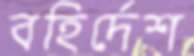
বহির্দেশ